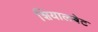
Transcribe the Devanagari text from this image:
शियालबेट